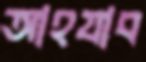
আহযাব